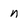
Character: n